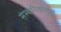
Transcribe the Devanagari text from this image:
संस्थानिकांमधून